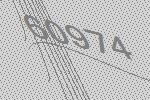
60974